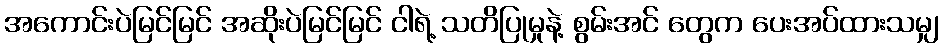
အကောင်းပဲမြင်မြင် အဆိုးပဲမြင်မြင် ငါရဲ့ သတိပြုမှုနဲ့ စွမ်းအင် တွေက ပေးအပ်ထားသမျှ